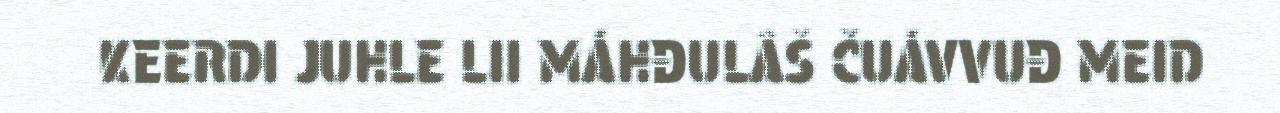
KEERDI JUHLE LII MÁHĐULÂŠ ČUÁVVUĐ MEID